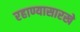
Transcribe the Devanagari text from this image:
रहाण्यासारखे